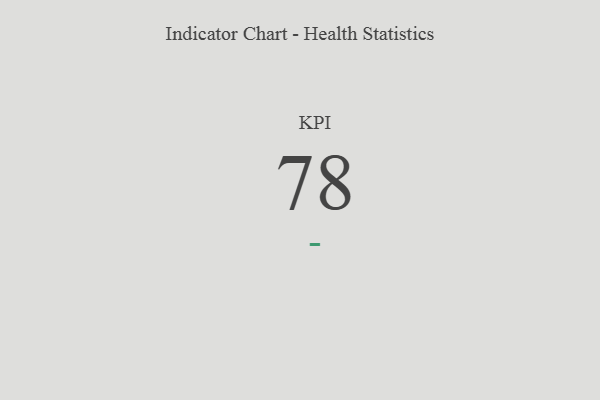
{"axis": {"x": "KPI", "y": "Value"}, "legend": [""], "data": [{"x": "KPI", "y": 78, "type": ""}]}